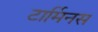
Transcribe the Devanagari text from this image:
टार्मिनस